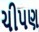
ચીપણ